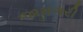
જામગરી